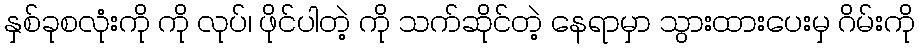
နှစ်ခုစလုံးကို ကို လုပ်၊ ဖိုင်ပါတဲ့ ကို သက်ဆိုင်တဲ့ နေရာမှာ သွားထားပေးမှ ဂိမ်းကို